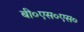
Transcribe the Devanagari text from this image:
बी०एस०एस०